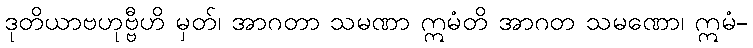
ဒုတိယာဗဟုဗ္ဗီဟိ မှတ်၊ အာဂတာ သမဏာ ဣမံတိ အာဂတ သမဏော၊ ဣမံ-